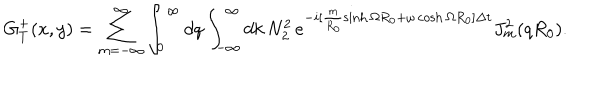
G _ { T } ^ { + } ( x , y ) = \sum _ { m = - \infty } ^ { \infty } \int _ { 0 } ^ { \infty } d q \int _ { - \infty } ^ { \infty } d k \, N _ { 2 } ^ { 2 } \, e ^ { - i [ \frac { m } { R _ { 0 } } \sinh \Omega R _ { 0 } + \omega \cosh \Omega R _ { 0 } ] \Delta t } J _ { m } ^ { 2 } ( q R _ { 0 } ) .